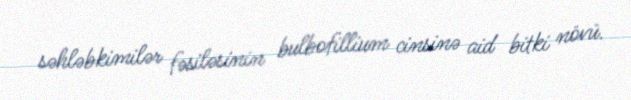
səhləbkimilər fəsiləsinin bulbofillium cinsinə aid bitki növü.